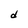
Character: d